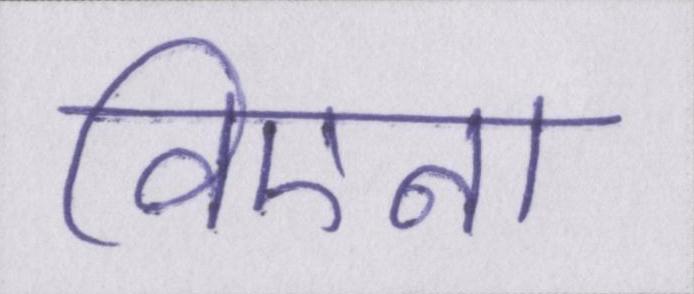
विएना